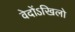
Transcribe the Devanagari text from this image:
वेदोंऽखिलो